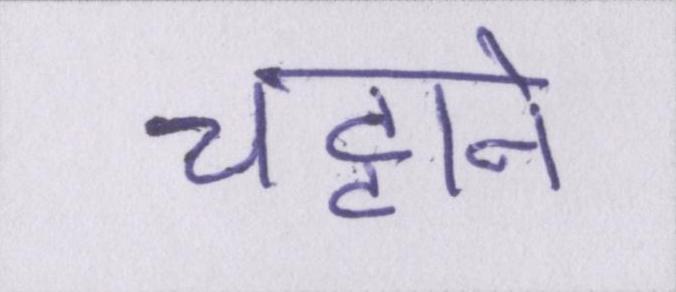
चट्टाने